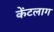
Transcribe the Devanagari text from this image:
केंटलाग